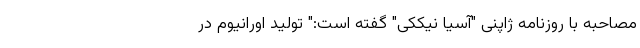
مصاحبه با روزنامه ژاپنی "آسیا نیککی" گفته است:" تولید اورانیوم در